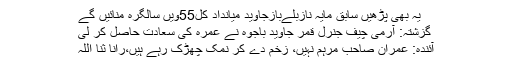
یہ بھی پڑھیں سابق مایہ نازبلےبازجاوید میانداد کل55ویں سالگرہ منائیں گے
گزشتہ: آرمی چیف جنرل قمر جاوید باجوہ نے عمرہ کی سعادت حاصل کر لی
آئندہ: عمران صاحب مرہم نہیں، زخم دے کر نمک چھڑک رہے ہیں،رانا ثنا اللہ